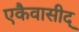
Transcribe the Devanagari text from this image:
एकैवासीद्